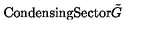
\mathrm { C o n d e n s i n g } \mathrm { S e c t o r } \tilde { G }